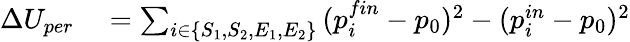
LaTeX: \begin{array}{rl}{\Delta U_{per}}&{{}=\sum_{i\in\{ S_{1},S_{2},E_{1},E_{2}\} }{(p_{i}^{fin}-p_{0})^{2}-(p_{i}^{in}-p_{0})^{2}}}\end{array}